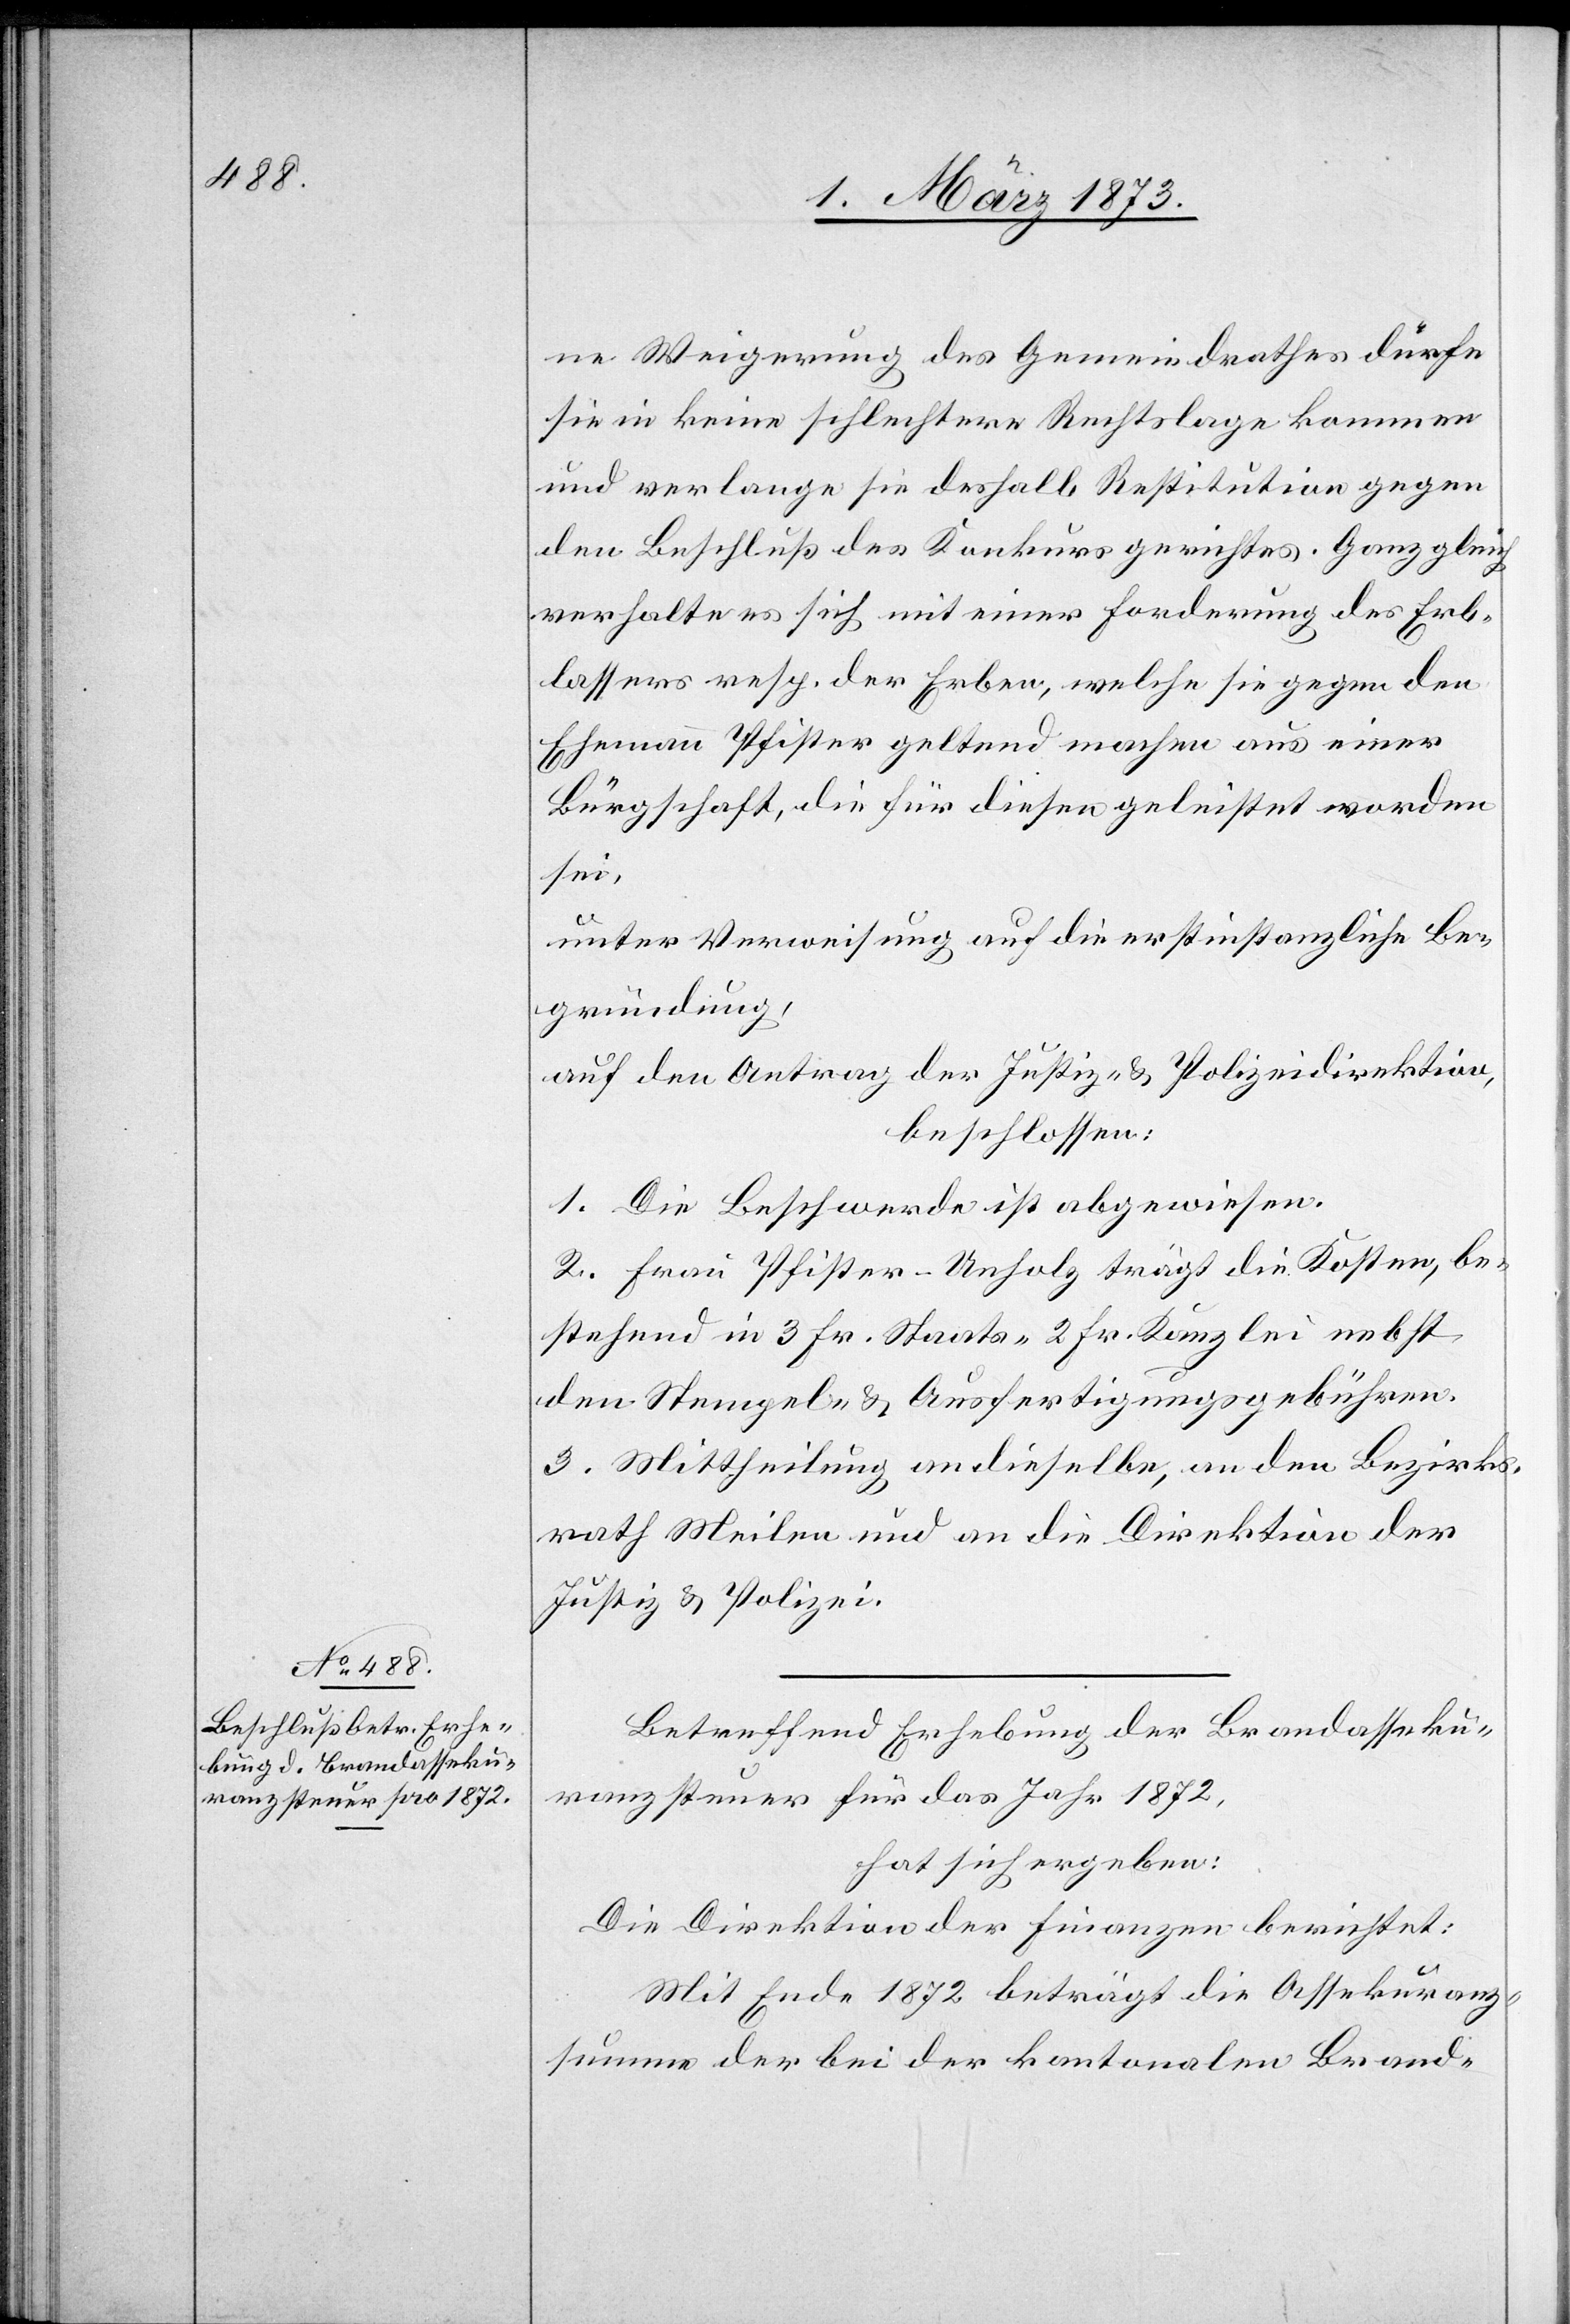
ne Weigerung des Gemeindrathes dürfe
sie in keine schlechtere Rechtslage kommen
und verlange sie deshalb Restitution gegen
den Beschluß des Konkursgerichtes. Ganz gleich
verhalte es sich mit einer Forderung des Erb¬
lassers resp. der Erben, welche sie gegen den
Ehemann Pfister geltend machen aus einer
Bürgschaft, die für diesen geleistet worden
sei,
unter Verweisung auf die erstinstanzliche Be¬
gründung,
auf den Antrag der Justiz- u. Polizeidirektion,
beschlossen:
1. Die Beschwerde ist abgewiesen.
2. Frau Pfister-Unholz trägt die Kosten, be¬
stehend in 3 Fr. Staats-[,] 2 Fr. Kanzlei nebst
den Stempel- u. Ausfertigungsgebühren.
3. Mittheilung an dieselbe, an den Bezirks¬
rath Meilen und an die Direktion der
Justiz u. Polizei.
Betreffend Erhebung der Brandasseku¬
ranzsteuer für das Jahr 1872
hat sich ergeben:
Die Direktion der Finanzen berichtet:
Mit Ende 1872 beträgt die Assekuranz¬
summe der bei der kantonalen Brand-